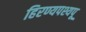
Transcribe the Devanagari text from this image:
हिरण्यपश्यपू